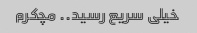
خیلی سریع رسید.. مچکرم